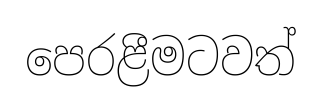
පෙරළීමටවත්